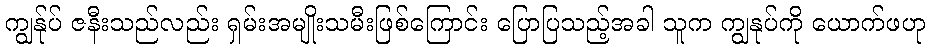
ကျွန်ုပ် ဇနီးသည်လည်း ရှမ်းအမျိုးသမီးဖြစ်ကြောင်း ပြောပြသည့်အခါ သူက ကျွနုပ်ကို ယောက်ဖဟု